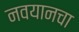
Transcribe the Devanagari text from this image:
नवयानचा